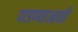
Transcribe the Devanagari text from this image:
पाडण्याआधी